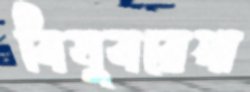
বিষুবরেখা